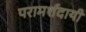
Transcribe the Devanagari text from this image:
परामर्शदायी